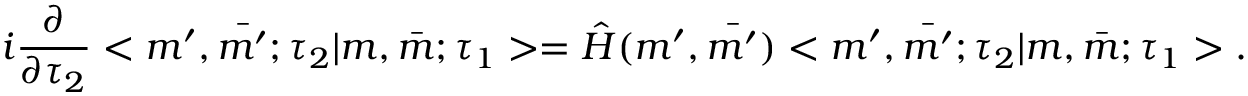
i \frac { \partial } { \partial \tau _ { 2 } } < m ^ { \prime } , \bar { m ^ { \prime } } ; \tau _ { 2 } | m , \bar { m } ; \tau _ { 1 } > = \hat { H } ( m ^ { \prime } , \bar { m ^ { \prime } } ) < m ^ { \prime } , \bar { m ^ { \prime } } ; \tau _ { 2 } | m , \bar { m } ; \tau _ { 1 } > .